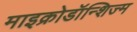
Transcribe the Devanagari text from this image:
माइक्रोडॉन्शिज्म